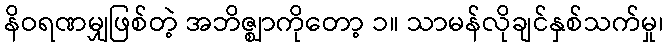
နိဝရဏမျှဖြစ်တဲ့ အဘိဇ္ဈာကိုတော့ ၁။ သာမန်လိုချင်နှစ်သက်မှု၊